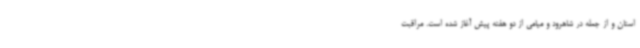
استان و از جمله در شاهرود و میامی از دو هفته پیش آغاز شده است. مراقبت